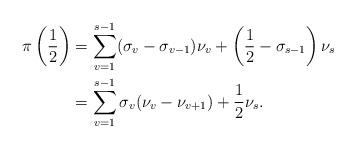
LaTeX: \begin{align*}\pi\left(\dfrac{1}{2} \right) &=\sum_{v=1}^{s-1}(\sigma_{v}- \sigma_{v-1})\nu_v+\left(\dfrac{1}{2}-\sigma_{s-1}\right) \nu_s \\&= \sum_{v=1}^{s-1}\sigma_{v}(\nu_v-\nu_{v+1})+\dfrac{1}{2}\nu_s.\end{align*}